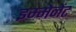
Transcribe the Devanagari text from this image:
इम्मेनेंट